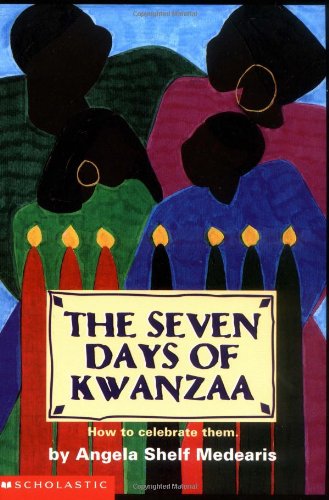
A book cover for Seven Days Of Kwanzaa; Angela Shelf Medearis; Children's Books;